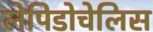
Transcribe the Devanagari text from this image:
लेपिडोचेलिस